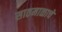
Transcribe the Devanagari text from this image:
सातमाळाचे